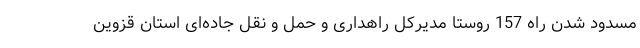
مسدود شدن راه 157 روستا مدیرکل راهداری و حمل و نقل جاده‌ای استان قزوین